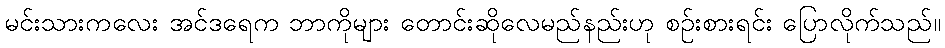
မင်းသားကလေး အင်ဒရေက ဘာကိုများ တောင်းဆိုလေမည်နည်းဟု စဉ်းစားရင်း ပြောလိုက်သည်။